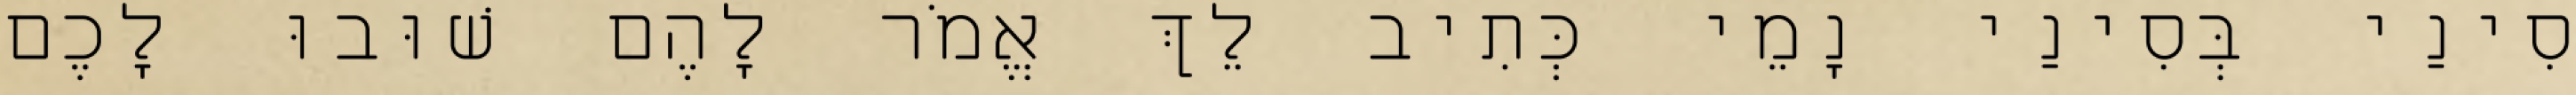
סִינַי בְּסִינַי נָמֵי כְּתִיב לֵךְ אֱמֹר לָהֶם שׁוּבוּ לָכֶם